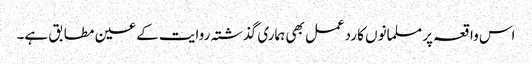
اس واقعہ پر مسلمانوں کا ردعمل بھی ہماری گذشتہ روایت کے عین مطابق ہے۔